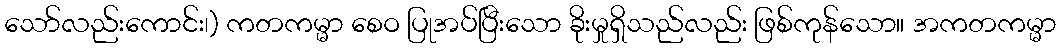
သော်လည်းကောင်း၊) ကတကမ္မာ စေဝ ပြုအပ်ပြီးသော ခိုးမှုရှိသည်လည်း ဖြစ်ကုန်သော။ အကတကမ္မာ